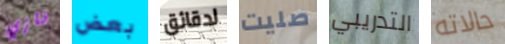
نازي بعض لدقائق صليت التدريبي حالاته